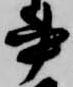
書